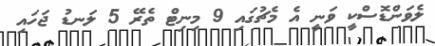
ލެވަންޑޮސްކީ ވަނީ އެ މެޗުގައި 9 މިނިޓް ތެރޭ 5 ލަނޑު ޖަހައި